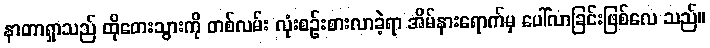
နာတာရှာသည် ထိုတေးသွားကို တစ်လမ်း လုံးစဉ်းစားလာခဲ့ရာ အိမ်နားရောက်မှ ပေါ်လာခြင်းဖြစ်လေ သည်။